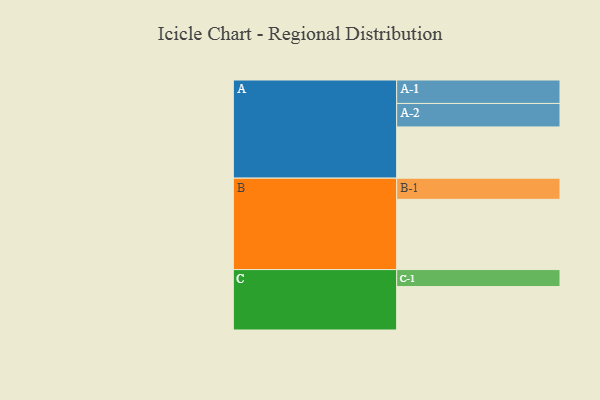
{"axis": {"x": "Segment", "y": "Value"}, "legend": ["", "A", "B", "C"], "data": [{"x": "A", "y": 380, "type": ""}, {"x": "B", "y": 521, "type": ""}, {"x": "C", "y": 322, "type": ""}, {"x": "A-1", "y": 174, "type": "A"}, {"x": "A-2", "y": 174, "type": "A"}, {"x": "B-1", "y": 157, "type": "B"}, {"x": "C-1", "y": 126, "type": "C"}]}